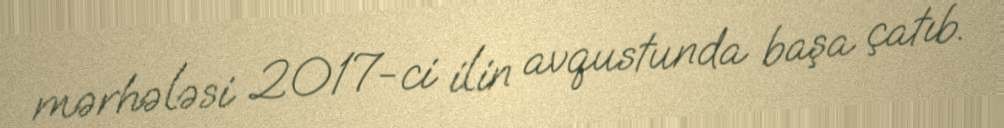
mərhələsi 2017-ci ilin avqustunda başa çatıb.